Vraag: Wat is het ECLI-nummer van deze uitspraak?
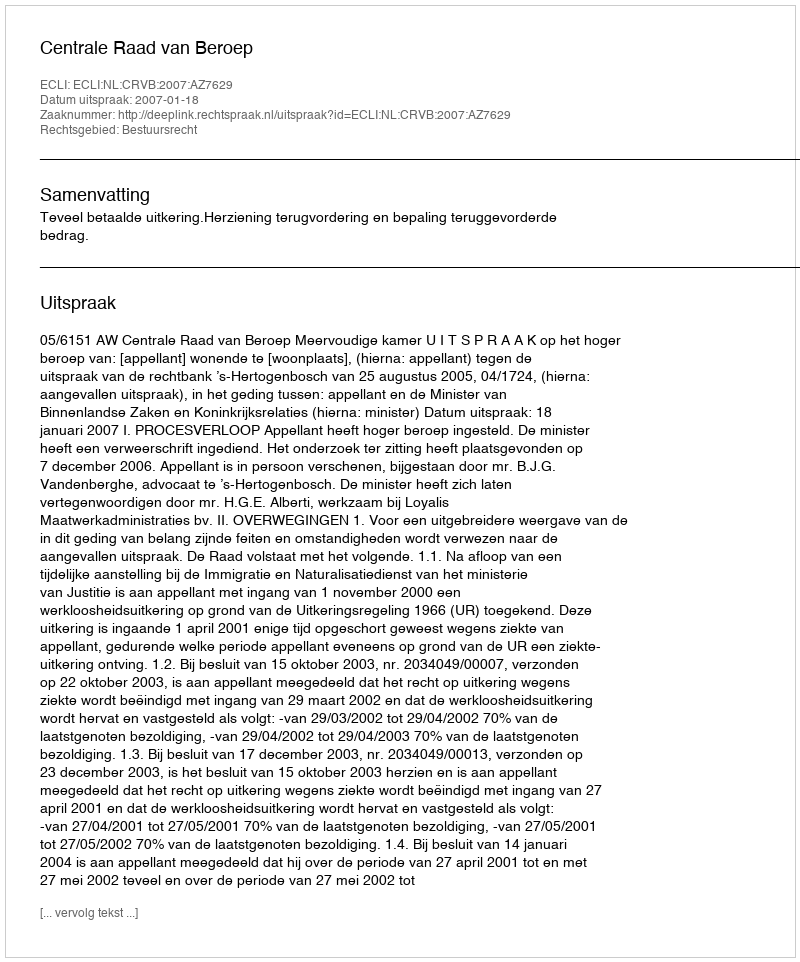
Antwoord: ECLI:NL:CRVB:2007:AZ7629